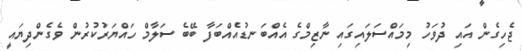
ޖެހިގެން އައި ދުވަހު މިމައްސަލައިގައި ނާޒިމްގެ އެއްބަނޑުއެއްބަފާ ބޭބެ ސަލާމް ހައްޔަރުކުރުން ވެގެންދިޔައީ